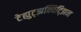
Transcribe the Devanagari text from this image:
टेह्युट्झक्विट्झिन